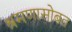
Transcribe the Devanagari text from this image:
श्रमणासोबत